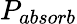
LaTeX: P_{absorb}